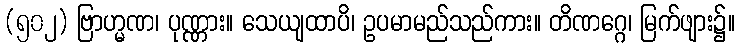
(၅၀၂) ဗြာဟ္မဏ၊ ပုဏ္ဏား။ သေယျထာပိ၊ ဥပမာမည်သည်ကား။ တိဏဂ္ဂေ၊ မြက်ဖျား၌။